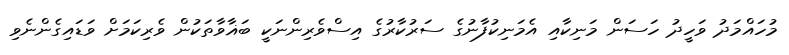
މުހައްމަދު ވަހީދު ހަސަން މަނިކާއި އެމަނިކުފާނުގެ ސަރުކާރުގެ އިސްވެރިންނަކީ ބަޣާވާތަކުން ވެރިކަމަށް ވަޑައިގެންނެވި